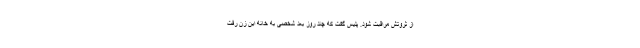
از ثروتش مراقبت شود. پلیس گفت که چند روز بعد شخصی به خانه این زن رفت